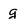
Character: g